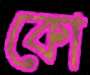
কো